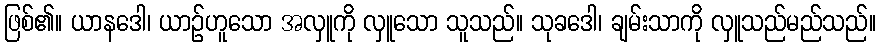
ဖြစ်၏။ ယာနဒေါ၊ ယာဉ်ဟူသော အလှူကို လှူသော သူသည်။ သုခဒေါ၊ ချမ်းသာကို လှူသည်မည်သည်။